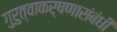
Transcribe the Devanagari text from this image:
गुरुत्वाकर्षणासंबंधी